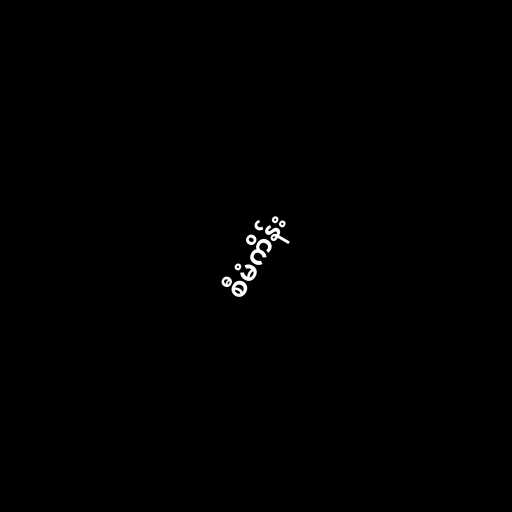
စီမံကိန်း